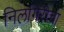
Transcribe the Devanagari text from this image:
निलगिरीचा